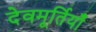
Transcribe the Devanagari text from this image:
देवमूर्तियाँ